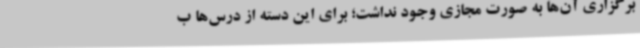
برگزاری آن‌ها به صورت مجازی وجود نداشت؛ برای این دسته از درس‌ها ب